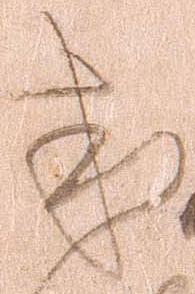
或